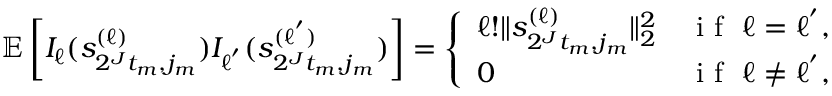
\begin{array} { r } { \mathbb { E } \left[ I _ { \ell } ( s _ { 2 ^ { J } t _ { m } , j _ { m } } ^ { ( \ell ) } ) I _ { \ell ^ { ' } } ( s _ { 2 ^ { J } t _ { m } , j _ { m } } ^ { ( \ell ^ { ' } ) } ) \right] = \left\{ \begin{array} { l l } { \ell ! \| s _ { 2 ^ { J } t _ { m } , j _ { m } } ^ { ( \ell ) } \| _ { 2 } ^ { 2 } } & { \textup { i f } \ \ell = \ell ^ { ' } , } \\ { 0 } & { \textup { i f } \ \ell \neq \ell ^ { ' } , } \end{array} \right. } \end{array}